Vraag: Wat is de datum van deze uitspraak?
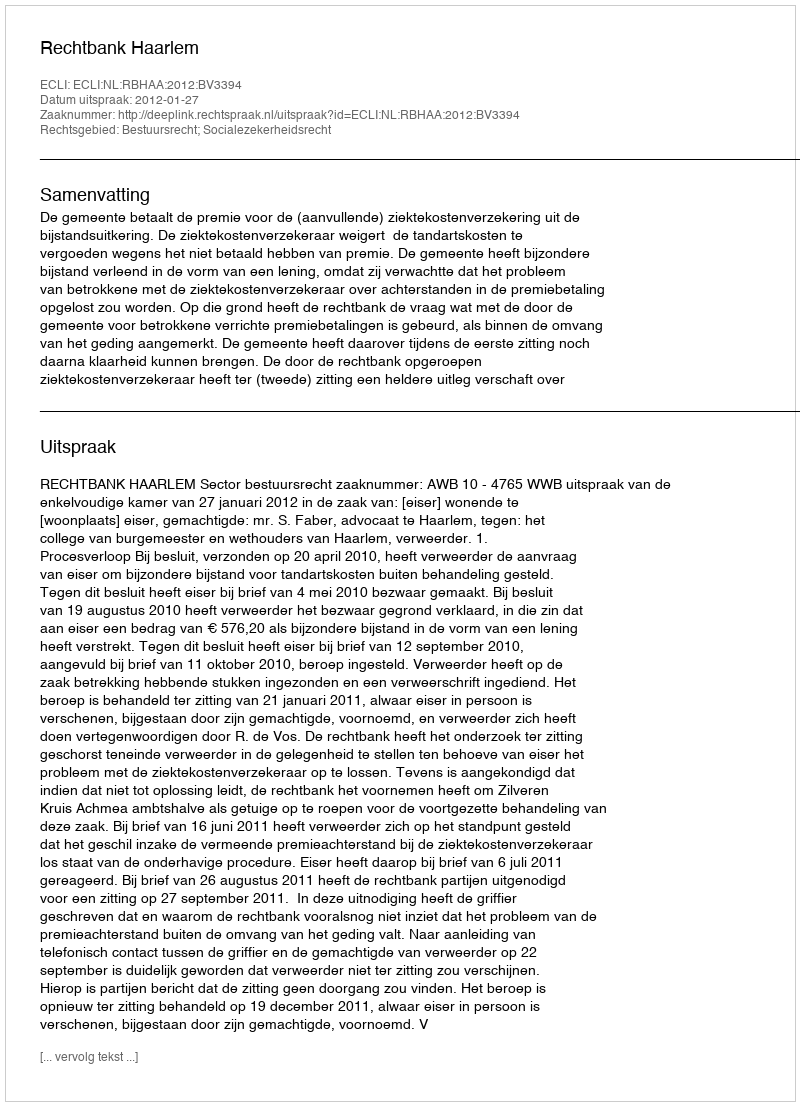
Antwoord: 2012-01-27